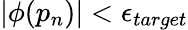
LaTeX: |\phi(p_{n})|<\epsilon_{target}